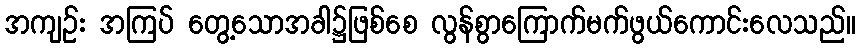
အကျဉ်း အကြပ် တွေ့သောအခါ၌ဖြစ်စေ လွန်စွာကြောက်မက်ဖွယ်ကောင်းလေသည်။